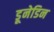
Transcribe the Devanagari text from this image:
डूनेडिन